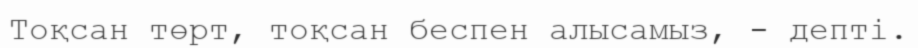
Тоқсан төрт, тоқсан беспен алысамыз, - депті.